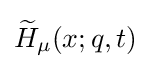
{\widetilde {H}}_{\mu }(x;q,t)